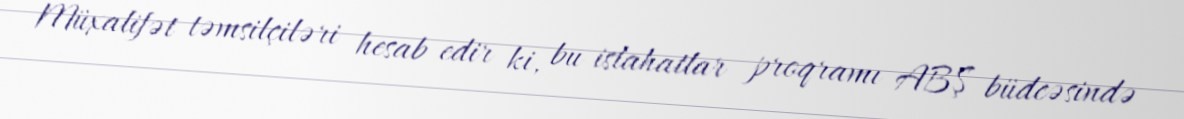
Müxalifət təmsilçiləri hesab edir ki, bu islahatlar proqramı ABŞ büdcəsində